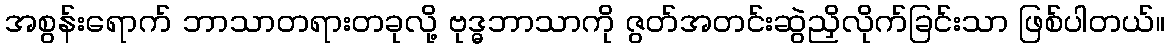
အစွန်းရောက် ဘာသာတရားတခုလို့ ဗုဒ္ဓဘာသာကို ဇွတ်အတင်းဆွဲညှိလိုက်ခြင်းသာ ဖြစ်ပါတယ်။